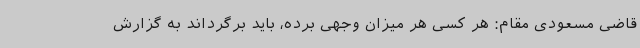
قاضی مسعودی مقام: هر کسی هر میزان وجهی برده، باید برگرداند به گزارش